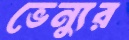
ভেন্যুর